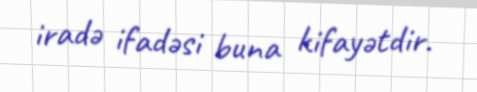
iradə ifadəsi buna kifayətdir.